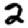
Digit: 2